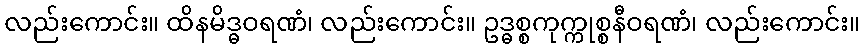
လည်းကောင်း။ ထိနမိဒ္ဓဝရဏံ၊ လည်းကောင်း။ ဥဒ္ဓစ္စကုက္ကုစ္စနီဝရဏံ၊ လည်းကောင်း။